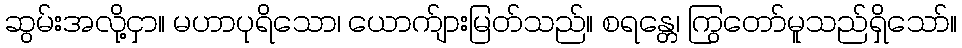
ဆွမ်းအလို့ငှာ။ မဟာပုရိသော၊ ယောက်ျားမြတ်သည်။ စရန္တေ၊ ကြွတော်မူသည်ရှိသော်။